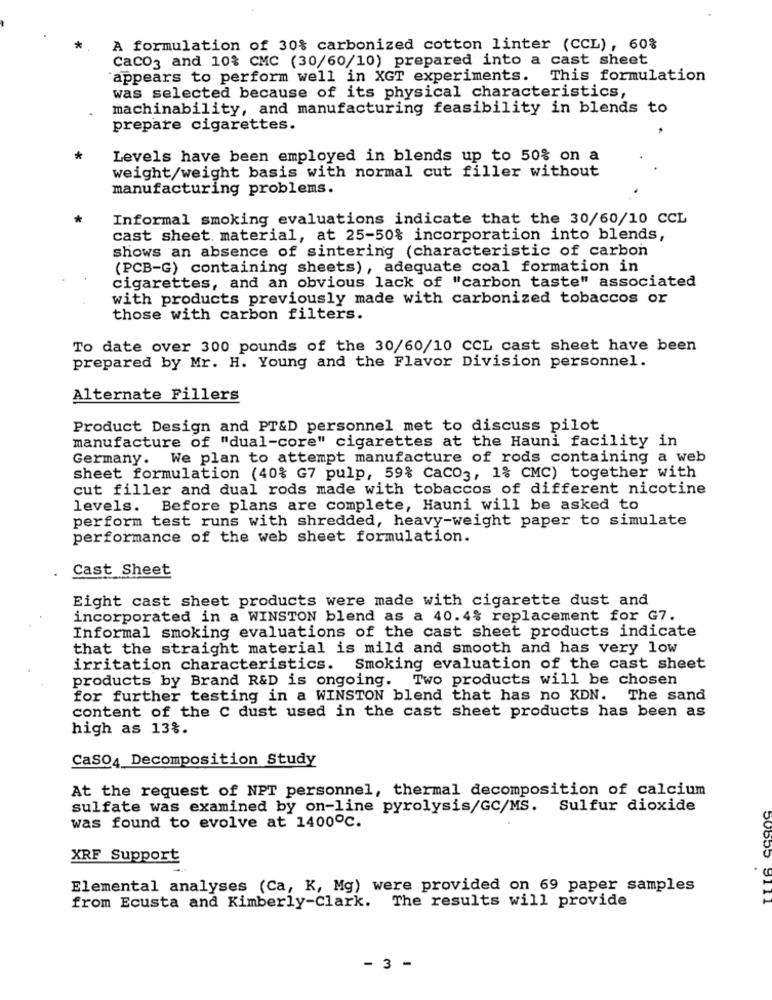
A formulation of 30% carbonized cotton linter (CCL), 60%
CaCO3 and 10% CMC (30/60/10) prepared into a cast sheet
appears to perform well in XGT experiments. This formulation
was selected because of its physical characteristics,
machinability, and manufacturing feasibility in blends to
prepare cigarettes.
Levels have been employed in blends up to 50% on a
weight/weight basis with normal cut filler without
manufacturing problems.
Informal smoking evaluations indicate that the 30/60/10 CCL
cast sheet material, at 25-50% incorporation into blends,
shows an absence of sintering (characteristic of carbon
(PCB-G) containing sheets), adequate coal formation in
cigarettes, and an obvious lack of "carbon taste" associated
with products previously made with carbonized tobaccos or
those with carbon filters.
To date over 300 pounds of the 30/60/10 CCL cast sheet have been
prepared by Mr. H. Young and the Flavor Division personnel.
Alternate Fillers
Product Design and PT&D personnel met to discuss pilot
manufacture of "dual-core" cigarettes at the Hauni facility in
Germany. We plan to attempt manufacture of rods containing a web
sheet formulation (40% G7 pulp, 59% CaCO3, 1% CMC) together with
cut filler and dual rods made with tobaccos of different nicotine
levels. Before plans are complete, Hauni will be asked to
perform test runs with shredded, heavy-weight paper to simulate
performance of the web sheet formulation.
Cast Sheet
Eight cast sheet products were made with cigarette dust and
incorporated in a WINSTON blend as a 40.4% replacement for G7.
Informal smoking evaluations of the cast sheet products indicate
that the straight material is mild and smooth and has very low
irritation characteristics. Smoking evaluation of the cast sheet
products by Brand R&D is ongoing. Two products will be chosen
for further testing in a WINSTON blend that has no KDN. The sand
content of the C dust used in the cast sheet products has been as
high as 13%.
Caso4 Decomposition Study
At the request of NPT personnel, thermal decomposition of calcium
sulfate was examined by on-line pyrolysis/GC/MS. Sulfur dioxide
was found to evolve at 1400℃.
XRF Support
TITO
Elemental analyses (Ca, K, Mg) were provided on 69 paper samples
from Ecusta and Kimberly-Clark. The results will provide
- 3 -